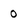
Character: 0